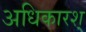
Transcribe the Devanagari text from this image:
अधिकारश्